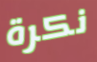
نكرة